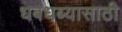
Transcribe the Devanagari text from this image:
धबधब्यासाठी